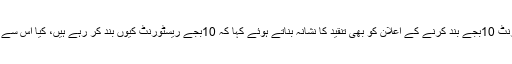
سابق کرکٹر نے ریسٹورنٹ 10بجے بند کرنے کے اعلان کو بھی تنقید کا نشانہ بناتے ہوئے کہا کہ 10بجے ریسٹورنٹ کیوں بند کر رہے ہیں، کیا اس سے پہلے وائرس نہیں ہو گا؟